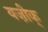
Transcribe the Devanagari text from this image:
यज़ीक्